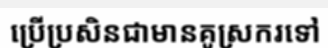
ប្រើប្រសិនជាមានគូស្រករទៅ